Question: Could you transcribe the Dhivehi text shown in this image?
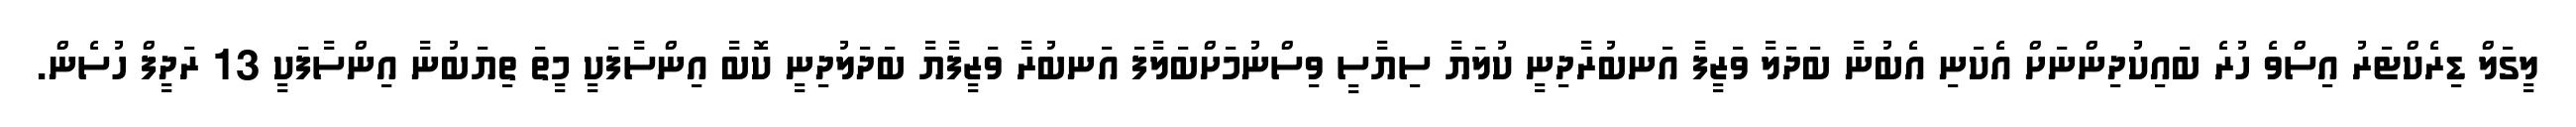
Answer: ލީގަލް ޑިރެކްޓަރު އިސްވެ ހުރެ ބައިކުދިންނަށް އެކަނި އެބުނާ ބަދަލާ ވަޒީފާ އަނބުރާދިނީ ކުލަޔާ ސިޔާސީ ވިސްނުމަށްބަލާފަ އަނބުރާ ވަޒީފާޔާ ބަދަލުދިނީ ކޮބާ އިންސާފަކީ މީތަ ތިޔަބުނާ އިންސާފަކީ 13 ރަދީފް ހުސެން.